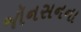
જૉનસનના